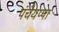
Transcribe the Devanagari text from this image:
पंचैयप्पा